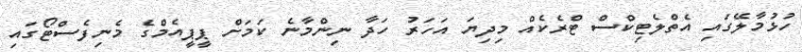
ހުޅުމާލޭގައި އެތްލެޓިކްސް ޓްރެކެއް މިދިޔަ އަހަރު ހަދާ ނިންމާނެ ކަމަށް ޕީޕީއެމްގެ މެނިފެސްޓޯގައި